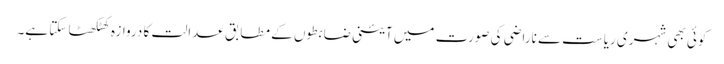
کوئی بھی شہری ریاست سے ناراضی کی صورت میں آئینی ضابطوں کے مطابق عدالت کا دروازہ کھٹکھٹا سکتا ہے۔